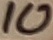
Text: 10